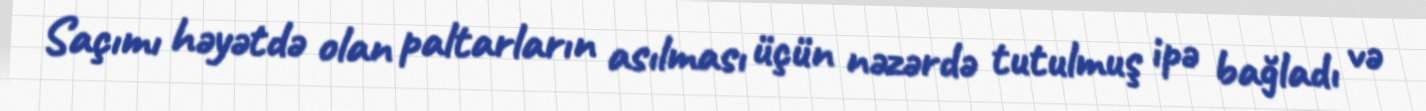
Saçımı həyətdə olan paltarların asılması üçün nəzərdə tutulmuş ipə bağladı və